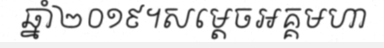
ឆ្នាំ២០១៩។សម្តេចអគ្គមហា